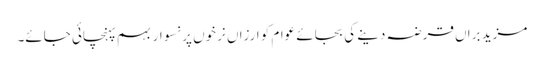
مزید براں قرضہ دینے کی بجائے عوام کو ارزاں نرخوں پر نسوار بہم پہنچائی جائے۔